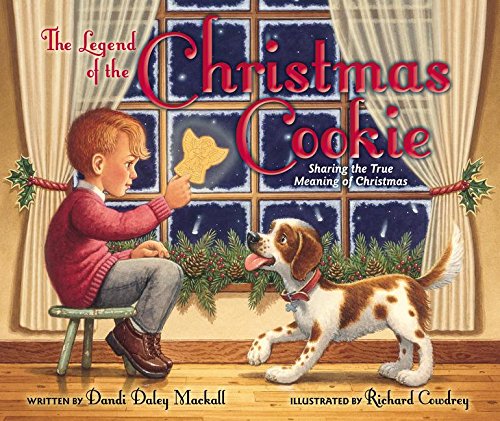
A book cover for The Legend of the Christmas Cookie: Sharing the True Meaning of Christmas; Dandi Daley Mackall; Christian Books & Bibles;